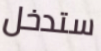
ستدخل